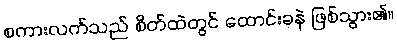
စကားလက်သည် စိတ်ထဲတွင် ထောင်းခနဲ ဖြစ်သွား၏။